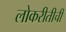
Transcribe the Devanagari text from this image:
लोकरीतीची